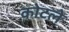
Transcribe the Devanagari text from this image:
कोटले